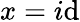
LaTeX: x=i\mathrm{d}